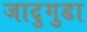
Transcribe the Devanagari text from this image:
जादुगुडा